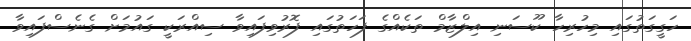
ހަގީގަތުގައި މިހުރިހާ ކޫސަނި އިލްޒާމް ތަކެއްގެ ފަހަތުގައި ފޮރުވިފައިވާ ސިއްރަކީ ގައުމަށް ގެނެސްފައިވާ